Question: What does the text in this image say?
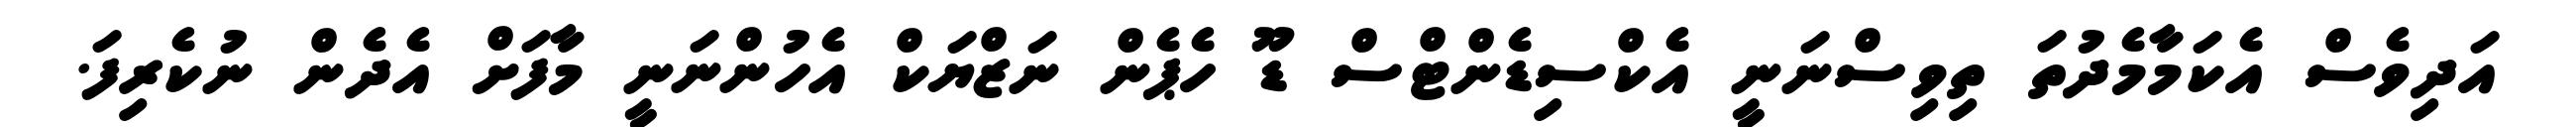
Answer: އަދިވެސް އެކަމާމެދުތަ ތިވިސްނަނީ އެކްސިޑެންޓްސް ޑޫ ހެޕެން ނަޒްޔަކް އެހުންނަނީ މާފަށް އެދެން ނުކެރިފަ.